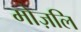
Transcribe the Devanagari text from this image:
मोज़लि